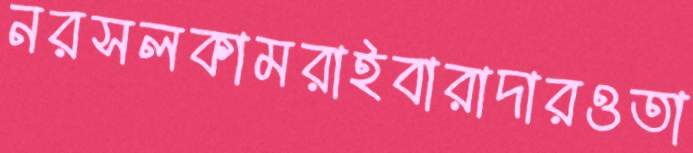
নরসলকামরাইবারাদারওতা